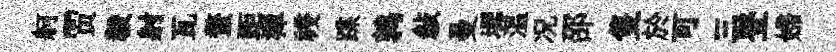
舸贾毅射瓦蝥距襌祲蹀鹑敍曼墀溫况邵隻於可三登婦